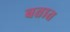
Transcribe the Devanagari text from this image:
बतात